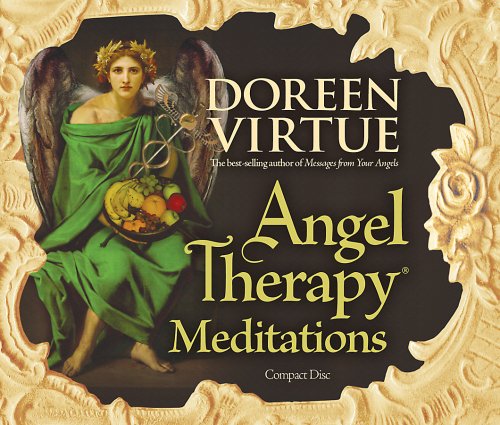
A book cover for Angel Therapy Meditations; Doreen Virtue; Religion & Spirituality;